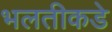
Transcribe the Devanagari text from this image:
भलतीकडे